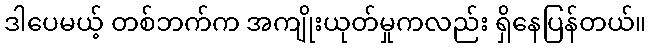
ဒါပေမယ့် တစ်ဘက်က အကျိုးယုတ်မှုကလည်း ရှိနေပြန်တယ်။